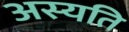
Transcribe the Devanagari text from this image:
अस्यति